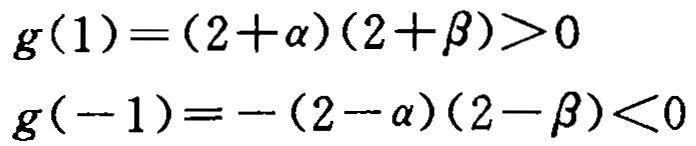
\[
\begin{align*}
g(1)&=(2 + \alpha)(2+\beta)>0\\
g(-1)&=-(2 - \alpha)(2-\beta)<0
\end{align*}
\]